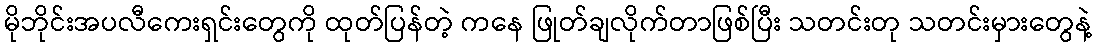
မိုဘိုင်းအပလီကေးရှင်းတွေကို ထုတ်ပြန်တဲ့ ကနေ ဖြုတ်ချလိုက်တာဖြစ်ပြီး သတင်းတု သတင်းမှားတွေနဲ့